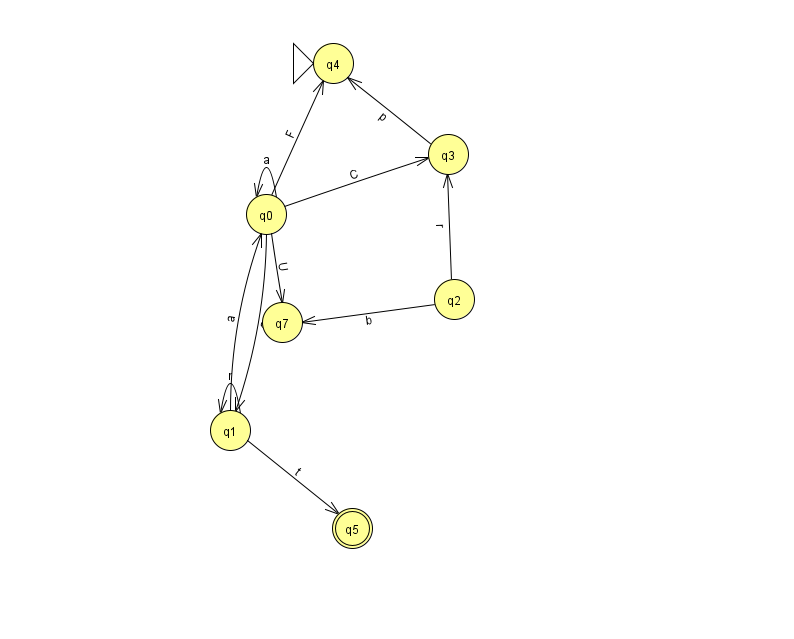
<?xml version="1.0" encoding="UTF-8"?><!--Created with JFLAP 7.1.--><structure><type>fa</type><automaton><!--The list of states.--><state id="0" name="q0"><x>266.0</x><y>201.0</y></state><state id="1" name="q1"><x>230.0</x><y>417.0</y></state><state id="2" name="q2"><x>454.0</x><y>286.0</y></state><state id="3" name="q3"><x>448.0</x><y>141.0</y></state><state id="4" name="q4"><x>333.0</x><y>50.0</y><initial/></state><state id="5" name="q5"><x>352.0</x><y>515.0</y><final/></state><state id="7" name="q7"><x>282.0</x><y>309.0</y></state><!--The list of transitions.--><transition><from>3</from><to>4</to><read>p</read></transition><transition><from>0</from><to>0</to><read>a</read></transition><transition><from>1</from><to>1</to><read>r</read></transition><transition><from>0</from><to>4</to><read>F</read></transition><transition><from>0</from><to>7</to><read>U</read></transition><transition><from>1</from><to>0</to><read>a</read></transition><transition><from>0</from><to>1</to><read>G</read></transition><transition><from>0</from><to>3</to><read>C</read></transition><transition><from>2</from><to>7</to><read>b</read></transition><transition><from>2</from><to>3</to><read>r</read></transition><transition><from>1</from><to>5</to><read>t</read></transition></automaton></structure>